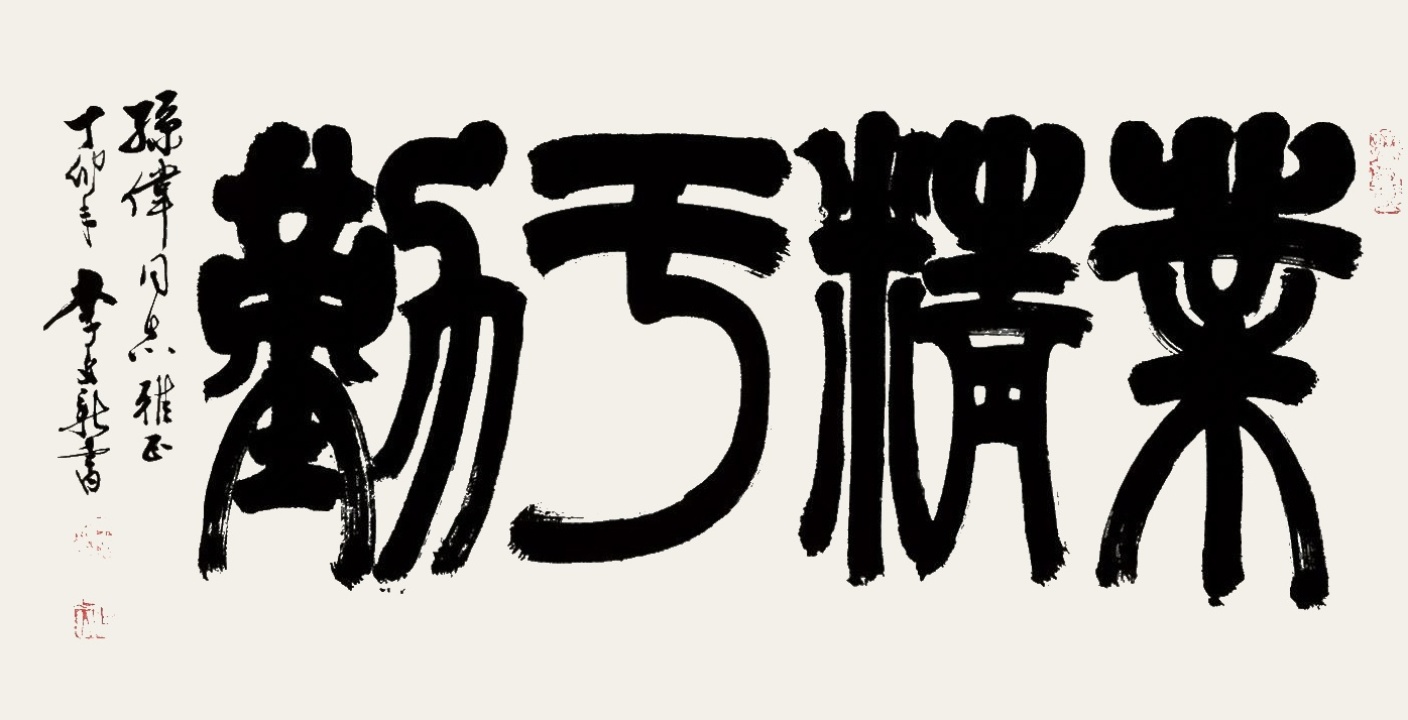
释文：业精于勤孙伟同志雅正。丁卯年，李文新书。